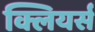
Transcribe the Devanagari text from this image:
क्लियर्स